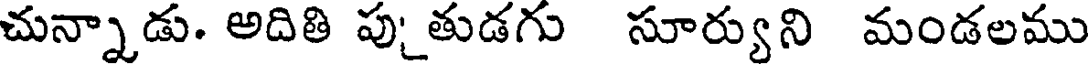
చున్నాడు. అదితి పు_తుడగు సూర్యుని మండలము